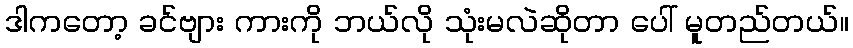
ဒါကတော့ ခင်ဗျား ကားကို ဘယ်လို သုံးမလဲဆိုတာ ပေါ် မူတည်တယ်။